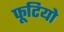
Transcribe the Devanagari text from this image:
फूटियो